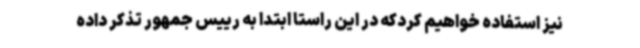
نیز استفاده خواهیم کردکه در این راستا ابتدا به رییس جمهور تذکر داده